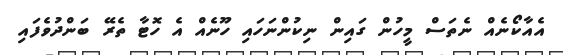
އެއާކޯނެއް ނެތަސް މީހުން ގައިން ނިކުންނަހައި ހޫނެއް އެ ހޮޓާ ތެރޭ ބަންދުވެފައި